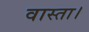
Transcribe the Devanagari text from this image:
वास्ता।